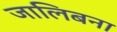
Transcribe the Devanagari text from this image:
जालिबना